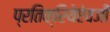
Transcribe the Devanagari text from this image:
प्रतिक्रियेऐवजी